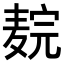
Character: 𬹉